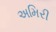
અમિરી